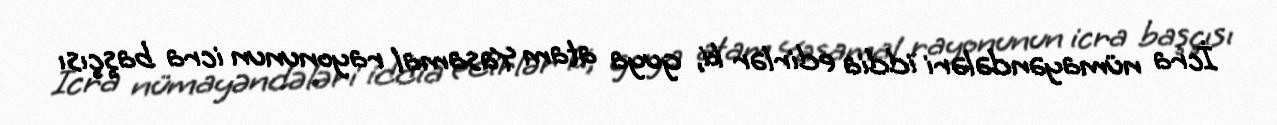
İcra nümayəndələri iddia edirlər ki, guya atam Yasamal rayonunun icra başçısı